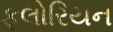
ફલોરિયન